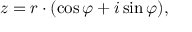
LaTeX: z = r \cdot ( \cos \varphi + i \sin \varphi ) ,